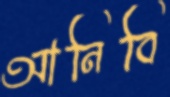
আনিবি